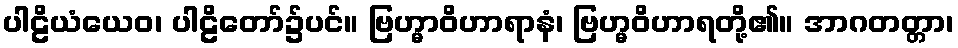
ပါဠိယံယေဝ၊ ပါဠိတော်၌ပင်။ ဗြဟ္မာဝိဟာရာနံ၊ ဗြဟ္မဝိဟာရတို့၏။ အာဂတတ္တာ၊